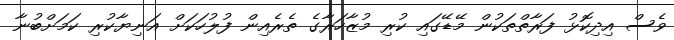
ވެސް އިދިކޮޅު ފަރާތްތަކުން މޭޑޭގައި ކުރި މުޒާހަރާގެ ތެެރެއިން ފުލުހަކަށް އަނިޔާކުރި ކަމަށްބުނާ